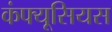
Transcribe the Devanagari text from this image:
कंफ्यूसियस